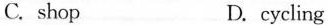
C.shop D.cycling